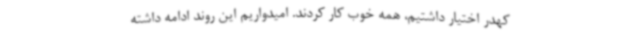
کهدر اختیار داشتیم، همه خوب کار کردند. امیدواریم این روند ادامه داشته